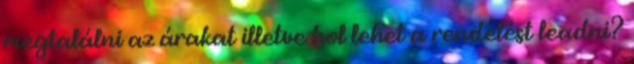
megtalálni az árakat illetve hol lehet a rendelést leadni?